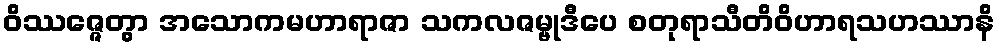
ဝိဿဇ္ဇေတွာ အသောကမဟာရာဇာ သကလဇမ္ဗုဒီပေ စတုရာသီတိဝိဟာရသဟဿာနိ